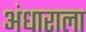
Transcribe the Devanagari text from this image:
अंधाराला